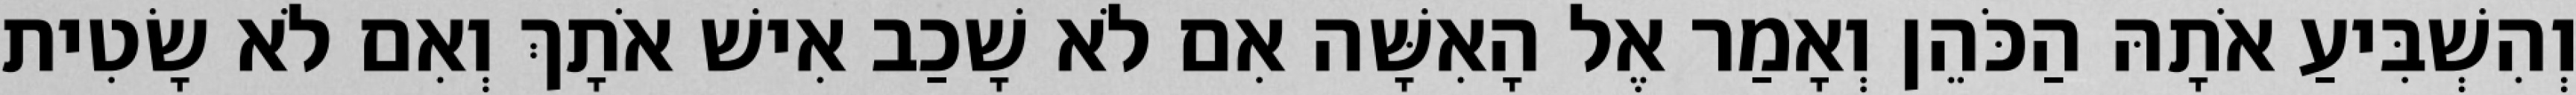
וְהִשְׁבִּיעַ אֹתָהּ הַכֹּהֵן וְאָמַר אֶל הָאִשָּׁה אִם לֹא שָׁכַב אִישׁ אֹתָךְ וְאִם לֹא שָׂטִית